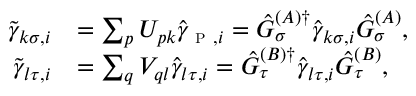
\begin{array} { r l } { \tilde { \gamma } _ { k \sigma , i } } & { = \sum _ { p } U _ { p k } \hat { \gamma } _ { \textsc { p } , i } = \hat { G } _ { \sigma } ^ { ( A ) \dagger } \hat { \gamma } _ { k \sigma , i } \hat { G } _ { \sigma } ^ { ( A ) } , } \\ { \tilde { \gamma } _ { l \tau , i } } & { = \sum _ { q } V _ { q l } \hat { \gamma } _ { l \tau , i } = \hat { G } _ { \tau } ^ { ( B ) \dagger } \hat { \gamma } _ { l \tau , i } \hat { G } _ { \tau } ^ { ( B ) } , } \end{array}